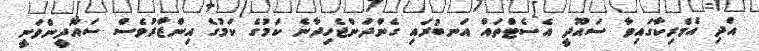
އަދި އެމެރިކާގައިވާ ސައޫދީ އެސެޓްތައް އަނބުރައި ގެންދަންޖެހިދާނެ ކަމުގެ ކަމުގެ އިންޒާރުވެސް ސައޫދީންވަނީ